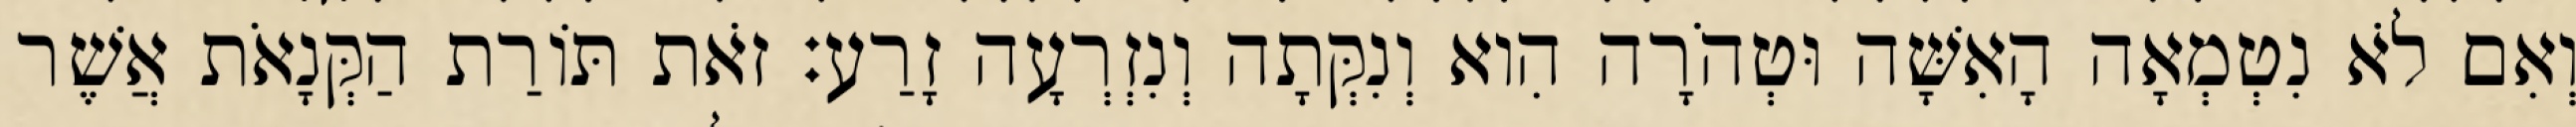
וְאִם לֹא נִטְמְאָה הָאִשָּׁה וּטְהֹרָה הִוא וְנִקְּתָה וְנִזְרְעָה זָרַע׃ זֹאת תּוֹרַת הַקְּנָאֹת אֲשֶׁר